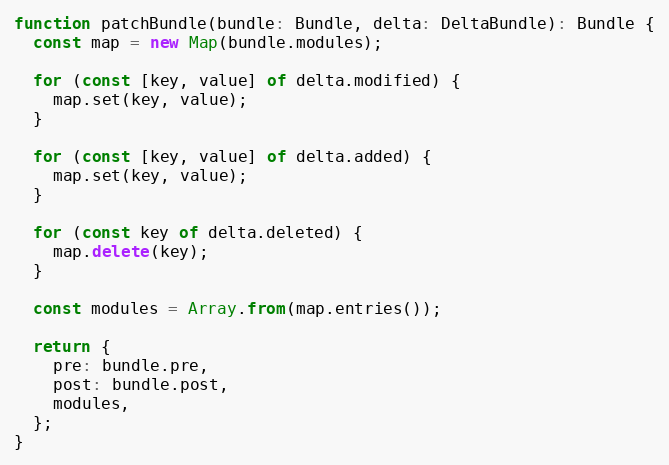
Language: JavaScript
function patchBundle(bundle: Bundle, delta: DeltaBundle): Bundle {
  const map = new Map(bundle.modules);

  for (const [key, value] of delta.modified) {
    map.set(key, value);
  }

  for (const [key, value] of delta.added) {
    map.set(key, value);
  }

  for (const key of delta.deleted) {
    map.delete(key);
  }

  const modules = Array.from(map.entries());

  return {
    pre: bundle.pre,
    post: bundle.post,
    modules,
  };
}